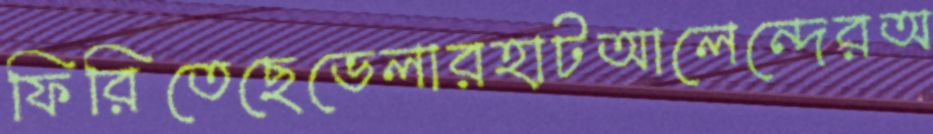
ফিরিতেছেভেলারহাটআলেন্দেরঅ